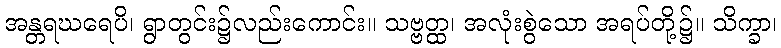
အန္တရဃရေပိ၊ ရွာတွင်း၌လည်းကောင်း။ သဗ္ဗတ္ထ၊ အလုံးစွဲသော အရပ်တို့၌။ သိက္ခာ၊